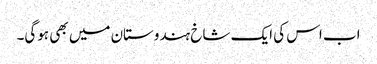
اب اس کی ایک شاخ ہندوستان میں بھی ہوگی۔